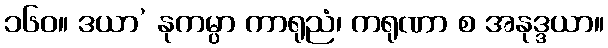
၁၆၀။ ဒယာ’ နုကမ္ပာ ကာရုညံ၊ ကရုဏာ စ အနုဒ္ဒယာ။